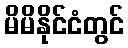
မိမိနိုင်ငံတွင်